Scottish Leaving Certificate Examination, 1961
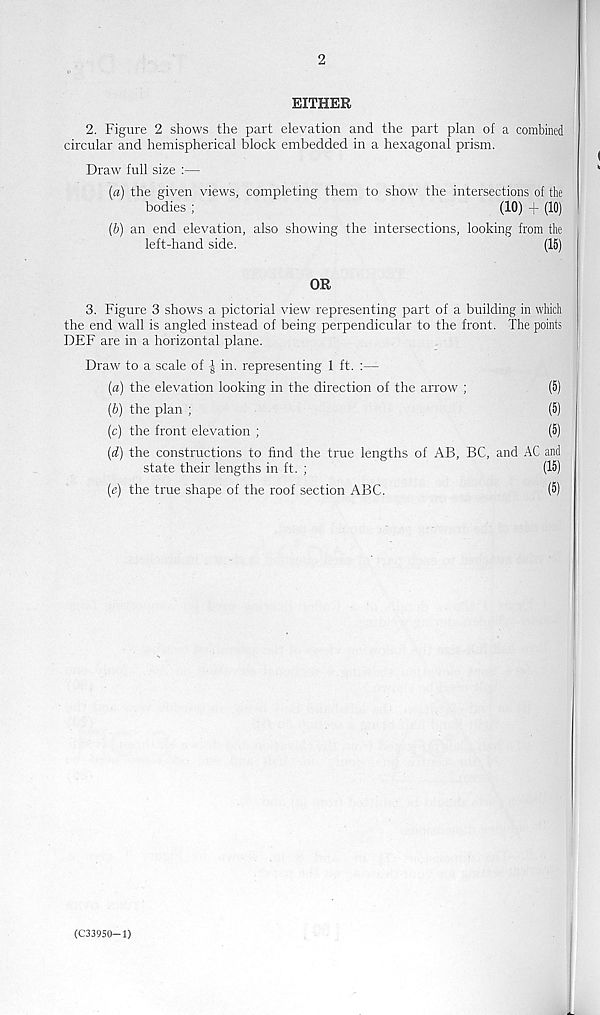
2
EITHER
2. Figure 2 shows the part elevation and the part plan of a combined
circular and hemispherical block embedded in a hexagonal prism.
Draw full size :—
(a) the given views, completing them to show the intersections of the
bodies ;
(10) + (10)
(b) an end elevation, also showing the intersections, looking from the
left-hand side.
(15)
OR
3. Figure 3 shows a pictorial view representing part of a building in which
the end wall is angled instead of being perpendicular to the front. The points
DEF are in a horizontal plane.
Draw to a scale of | in. representing 1 ft. :—
(a) the elevation looking in the direction of the arrow ;
(5)
(b) the plan ;
(5)
(c) the front elevation ;
(5)
(d) the constructions to find the true lengths of AB, BC, and AC and
state their lengths in ft. ;
(15)
(e) the true shape of the roof section ABC.
(5)
(C33950—1)